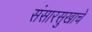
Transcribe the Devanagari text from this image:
संसारसुखाचे